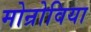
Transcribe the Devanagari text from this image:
मोन्रोविया